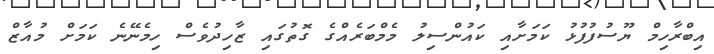
އިބްރާހިމް ޔޫސުފުފުޅު ކަމަށާއި ކައުންސިލު މެމްބަރެއްގެ ގޮތުގައި ޒާހިދުވެސް ހިމެނޭނެ ކަމަށް މުއާޒް